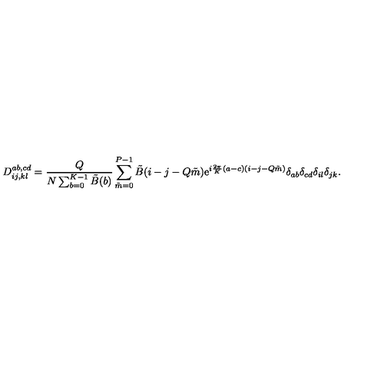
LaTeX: D _ { i j , k l } ^ { a b , c d } = { \frac { Q } { N \sum _ { b = 0 } ^ { K - 1 } \tilde { B } ( b ) } } \sum _ { \tilde { m } = 0 } ^ { P - 1 } \tilde { B } ( i - j - Q \tilde { m } ) \mathrm { e } ^ { i { \frac { 2 \pi } { K } } ( a - c ) ( i - j - Q \tilde { m } ) } \delta _ { a b } \delta _ { c d } \delta _ { i l } \delta _ { j k } .